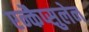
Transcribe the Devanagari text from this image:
एन्कैप्सुलेन